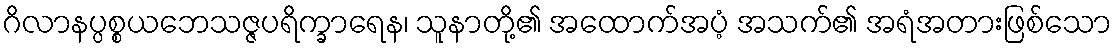
ဂိလာနပ္ပစ္စယဘေသဇ္ဇပရိက္ခာရေန၊ သူနာတို့၏ အထောက်အပံ့ အသက်၏ အရံအတားဖြစ်သော